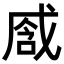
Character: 𢧒